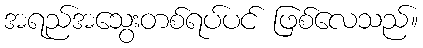
အရည်အသွေးတစ်ရပ်ပင် ဖြစ်လေသည်။